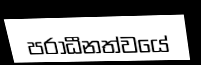
පරාධීනත්වයේ